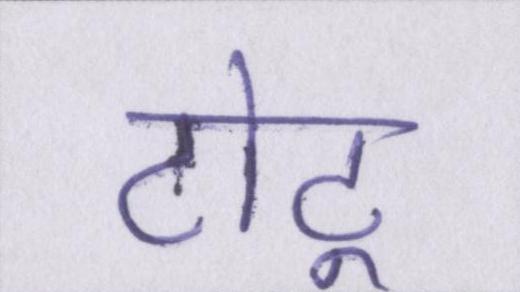
टोटू